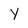
Character: Y